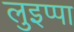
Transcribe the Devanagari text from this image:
लुइप्पा